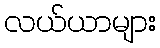
လယ်ယာများ